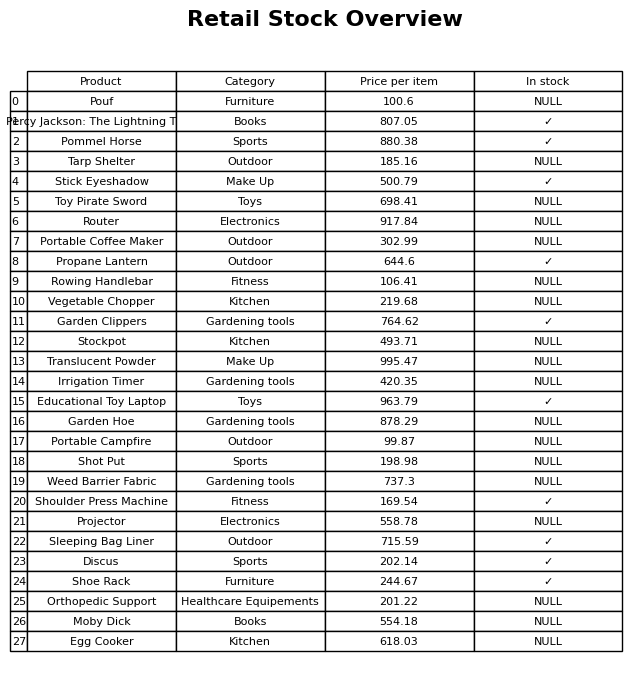
question: What is the stock status of the Sleeping Bag Liner?
answer: ✓